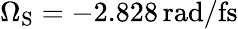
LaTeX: \Omega_{\mathrm{{S}}}=-2.828\, \mathrm{rad/fs}